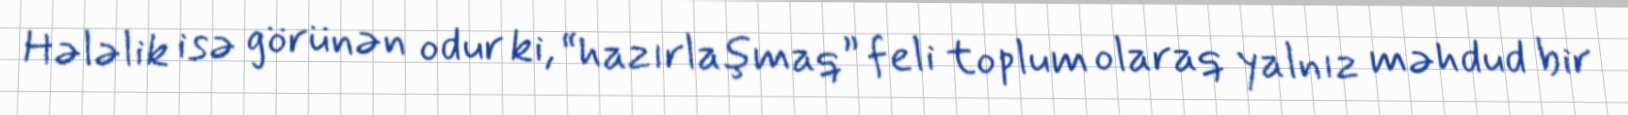
Hələlik isə görünən odur ki, “hazırlaşmaq” feli toplum olaraq yalnız məhdud bir